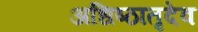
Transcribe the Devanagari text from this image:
अधिष्ठातृदेव